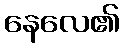
နေလေ၏